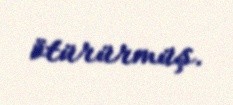
ötürürmüş.